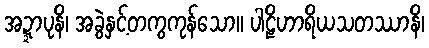
အဍ္ဍာပုနိ၊ အခွဲနှင့်တကွကုန်သော။ ပါဠိဟာရိယသတဿာနိ၊